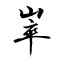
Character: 崒